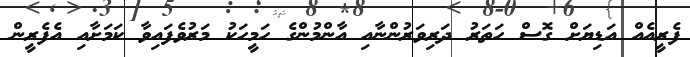
ފެރީއެއް އަޑިޔަށް ގޮސް ހަތަރު ދަރިވަރުންނާއި އާންމުންގެ ހަމީހަކު މަރުވެފައިވާ ކަމަށާއި އެފެރީން